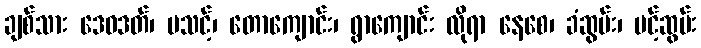
ချစ်သား ဒေဝဒတ်၊ မသင့်၊ တောကျောင်း၊ ရွာကျောင်း လိုရာ နေစေ၊ ခံဆွမ်း၊ ပင့်ဆွမ်း